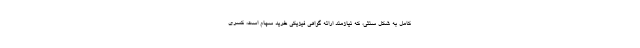
کامل به شکل سنتی، که نیازمند ارائه گواهی فیزیکی خرید سهام است، کسری